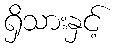
ရှိသားနှင့်